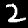
Digit: 2